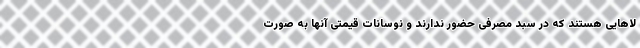
لاهایی هستند که در سبد مصرفی حضور ندارند و نوسانات قیمتی آنها به صورت